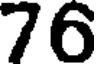
76